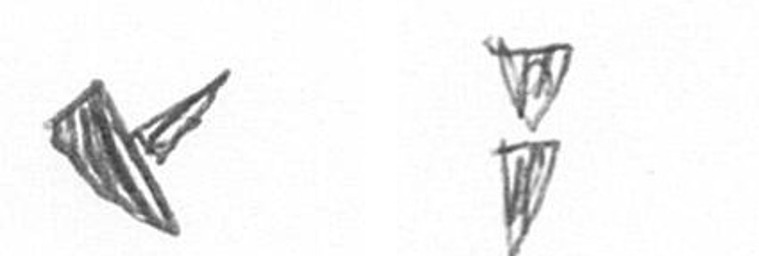
F Z